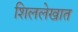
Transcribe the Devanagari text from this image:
शिललेखात